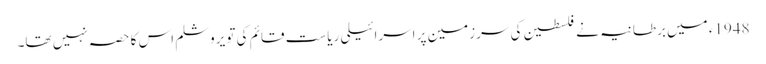
1948ء میں برطانیہ نے فلسطین کی سرزمین پر اسرائیلی ریاست قائم کی تو یروشلم اس کا حصہ نہیں تھا۔